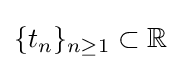
\{t_{n}\}_{n\geq 1}\subset \mathbb {R}